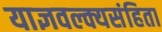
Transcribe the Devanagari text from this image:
याज्ञवल्क्यसंहिता